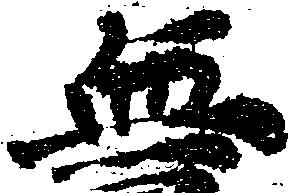
無